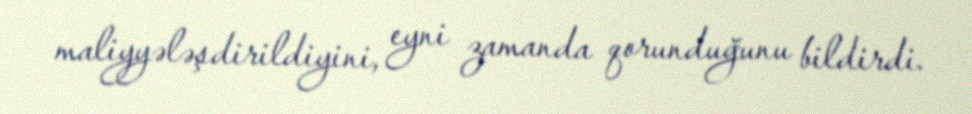
maliyyələşdirildiyini, eyni zamanda qorunduğunu bildirdi.